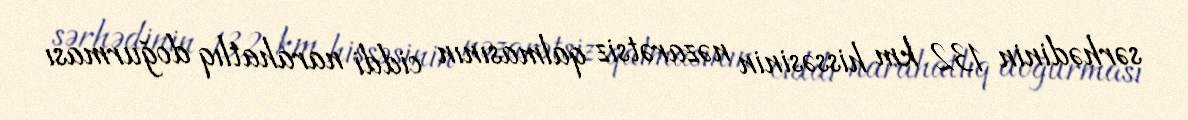
sərhədinin 132 km hissəsinin nəzarətsiz qalmasının ciddi narahatlıq doğurması